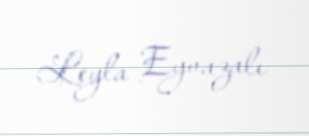
Leyla Eyvazalı